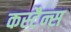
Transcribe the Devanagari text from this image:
कस्टैन्स